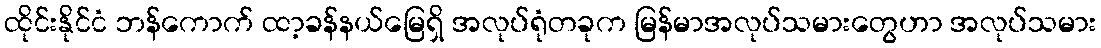
ထိုင်းနိုင်ငံ ဘန်ကောက် ထာ့ခန်နယ်မြေရှိ အလုပ်ရုံတခုက မြန်မာအလုပ်သမားတွေဟာ အလုပ်သမား